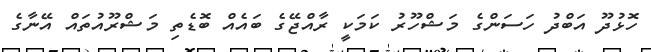
ހޮޅުދޫ އަބްދު ހަސަންގެ މަޝްހޫރު ކަމަކީ ރާއްޖޭގެ ބައެއް ބޮޑެތި މަޝްރޫއުތައް އޭނާގެ